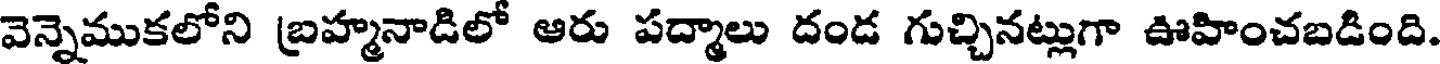
వెన్నెముకలోని బ్రహ్మనాడిలో ఆరు పద్మాలు దండ గుచ్చినట్లుగా ఊహించబడింది.